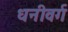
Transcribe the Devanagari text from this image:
धनीवर्ग